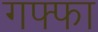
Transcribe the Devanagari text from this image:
गफ्फा